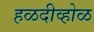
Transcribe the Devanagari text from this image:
हळदीव्होळ